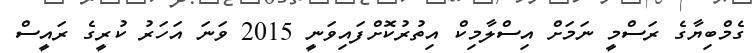
ގެމްބިޔާގެ ރަސްމީ ނަމަށް އިސްލާމިކް އިތުރުކޮށްފައިވަނީ 2015 ވަނަ އަހަރު ކުރީގެ ރައީސް